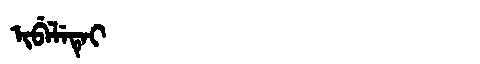
Manchu: ᡳᠪᡝᠯᡝᡨᡝᡳ
Romanization: IBELETEI